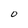
Character: O